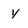
Character: y